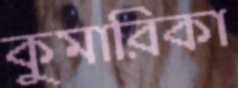
কুমারিকা